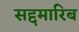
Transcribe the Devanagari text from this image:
सद्दमारिब